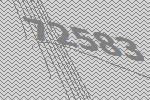
72583